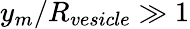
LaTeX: y_{m}/R_{vesicle}\gg 1